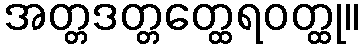
အတ္တဒတ္တတ္ထေရဝတ္ထု။